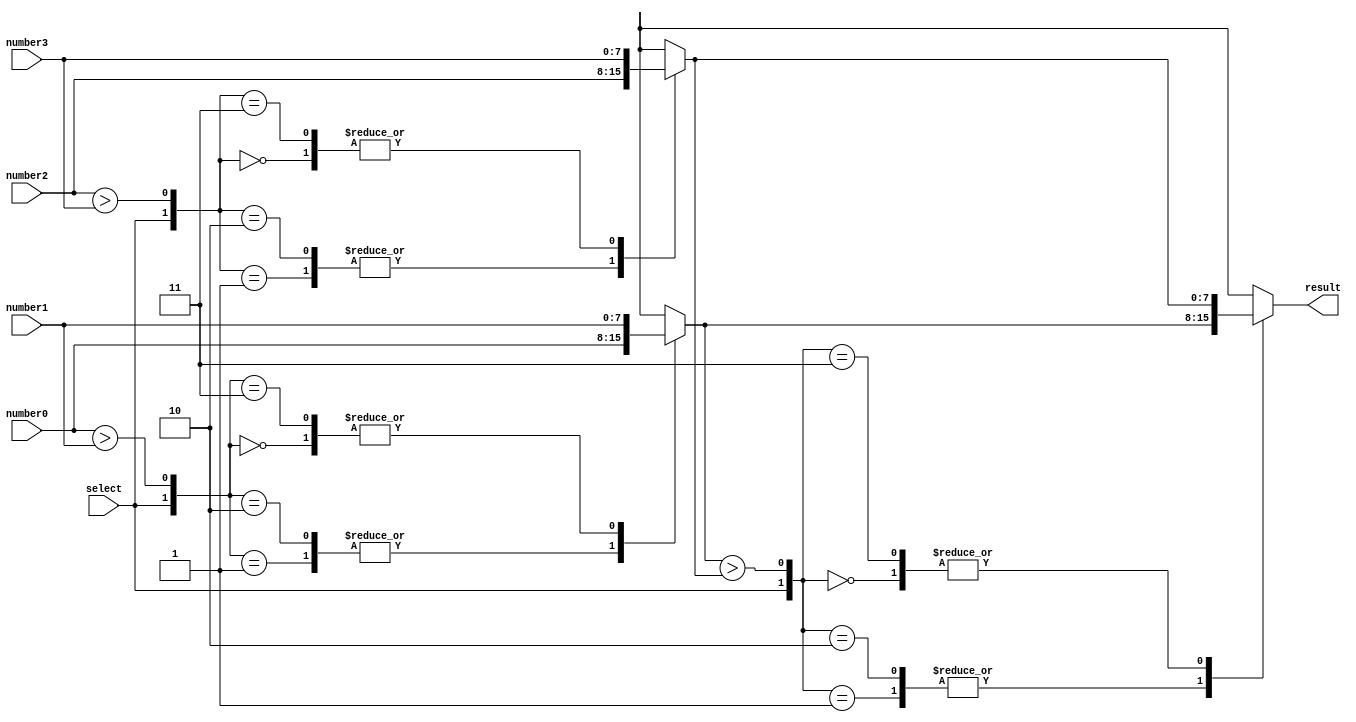
module MMS_4num(result, select, number0, number1, number2, number3);

input        select;
input  [7:0] number0;
input  [7:0] number1;
input  [7:0] number2;
input  [7:0] number3;
output [7:0] result; 

wire cmp0,cmp1,cmp2;
reg [7:0] cmp_result0,cmp_result1,cmp_result2;

assign cmp0 = (number0 > number1);
assign cmp1 = (number2 > number3);
assign cmp2 = (cmp_result0 > cmp_result1);

always@(*)
begin
	case({select,cmp0})
		2'b00: cmp_result0 = number1;
		2'b01: cmp_result0 = number0;
		2'b10: cmp_result0 = number0;
		2'b11: cmp_result0 = number1;
	endcase
end

always@(*)
begin
	case({select,cmp1})
		2'b00: cmp_result1 = number3;
		2'b01: cmp_result1 = number2;
		2'b10: cmp_result1 = number2;
		2'b11: cmp_result1 = number3;
	endcase
end

always@(*)
begin
	case({select,cmp2})
		2'b00: cmp_result2 = cmp_result1;
		2'b01: cmp_result2 = cmp_result0;
		2'b10: cmp_result2 = cmp_result0;
		2'b11: cmp_result2 = cmp_result1;
	endcase
end

assign result = cmp_result2;

endmodule